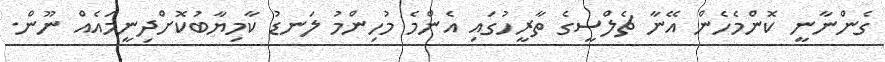
ގެންނާނީ ކޮންމެހެން އޭނާ ޗެލްސީގެ ތާރީހުގައި އެންމެ މުހިންމު ލަނޑު ކާމިޔާބުކޮށްދިނީމައެއް ނޫން.